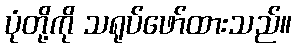
ပုံတို့ကို သရုပ်ဖော်ထားသည်။